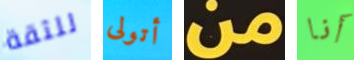
للثقة أتولى من أنا